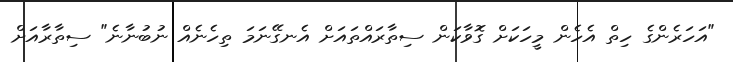
"އަހަރެންގެ ހިތް އެހެން މީހަކަށް ގޮވާކަން ސިތާރައްތައަށް އެނގޭނަމަ ތިހެނެއް ނުބުނާނެ" ސިތާރާއަށް